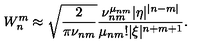
W _ { n } ^ { m } \approx \sqrt { \frac 2 { \pi \nu _ { n m } } } \frac { \nu _ { n m } ^ { \mu _ { n m } } | \eta | ^ { | n - m | } } { \mu _ { n m } ! | \xi | ^ { n + m + 1 } } .